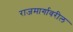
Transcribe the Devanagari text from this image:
राजमार्गावरील